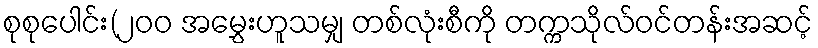
စုစုပေါင်း(၂၀၀ အမွှေးဟူသမျှ တစ်လုံးစီကို တက္ကသိုလ်ဝင်တန်းအဆင့်